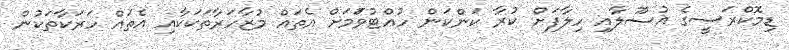
ޑިމޮކްރަސީގެ އުސޫލާއި ހިލާފަށް ކުރާ ކަންކަން ހުއްޓުވަުމަށް އެތައް މުޒާހަރާތަކަކާއި އެތައް ހަރަކާތަކުން